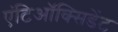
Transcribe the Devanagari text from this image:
एंटिऑक्सिडेंट